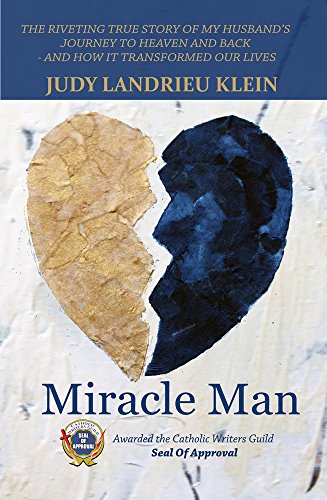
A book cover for Miracle Man; Judy Landrieu Klein; Christian Books & Bibles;